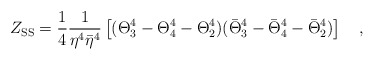
\begin{align*}Z_{\rm SS} = {{1}\over{4}} {{1}\over{\eta^4{\bar{\eta}}^4}} \left [ (\Theta_3^4 - \Theta_4^4 - \Theta_2^4) ({\bar{\Theta}}_3^4 - {\bar{\Theta}}_4^4 - {\bar{\Theta}}_2^4 )\right ] \quad ,\end{align*}